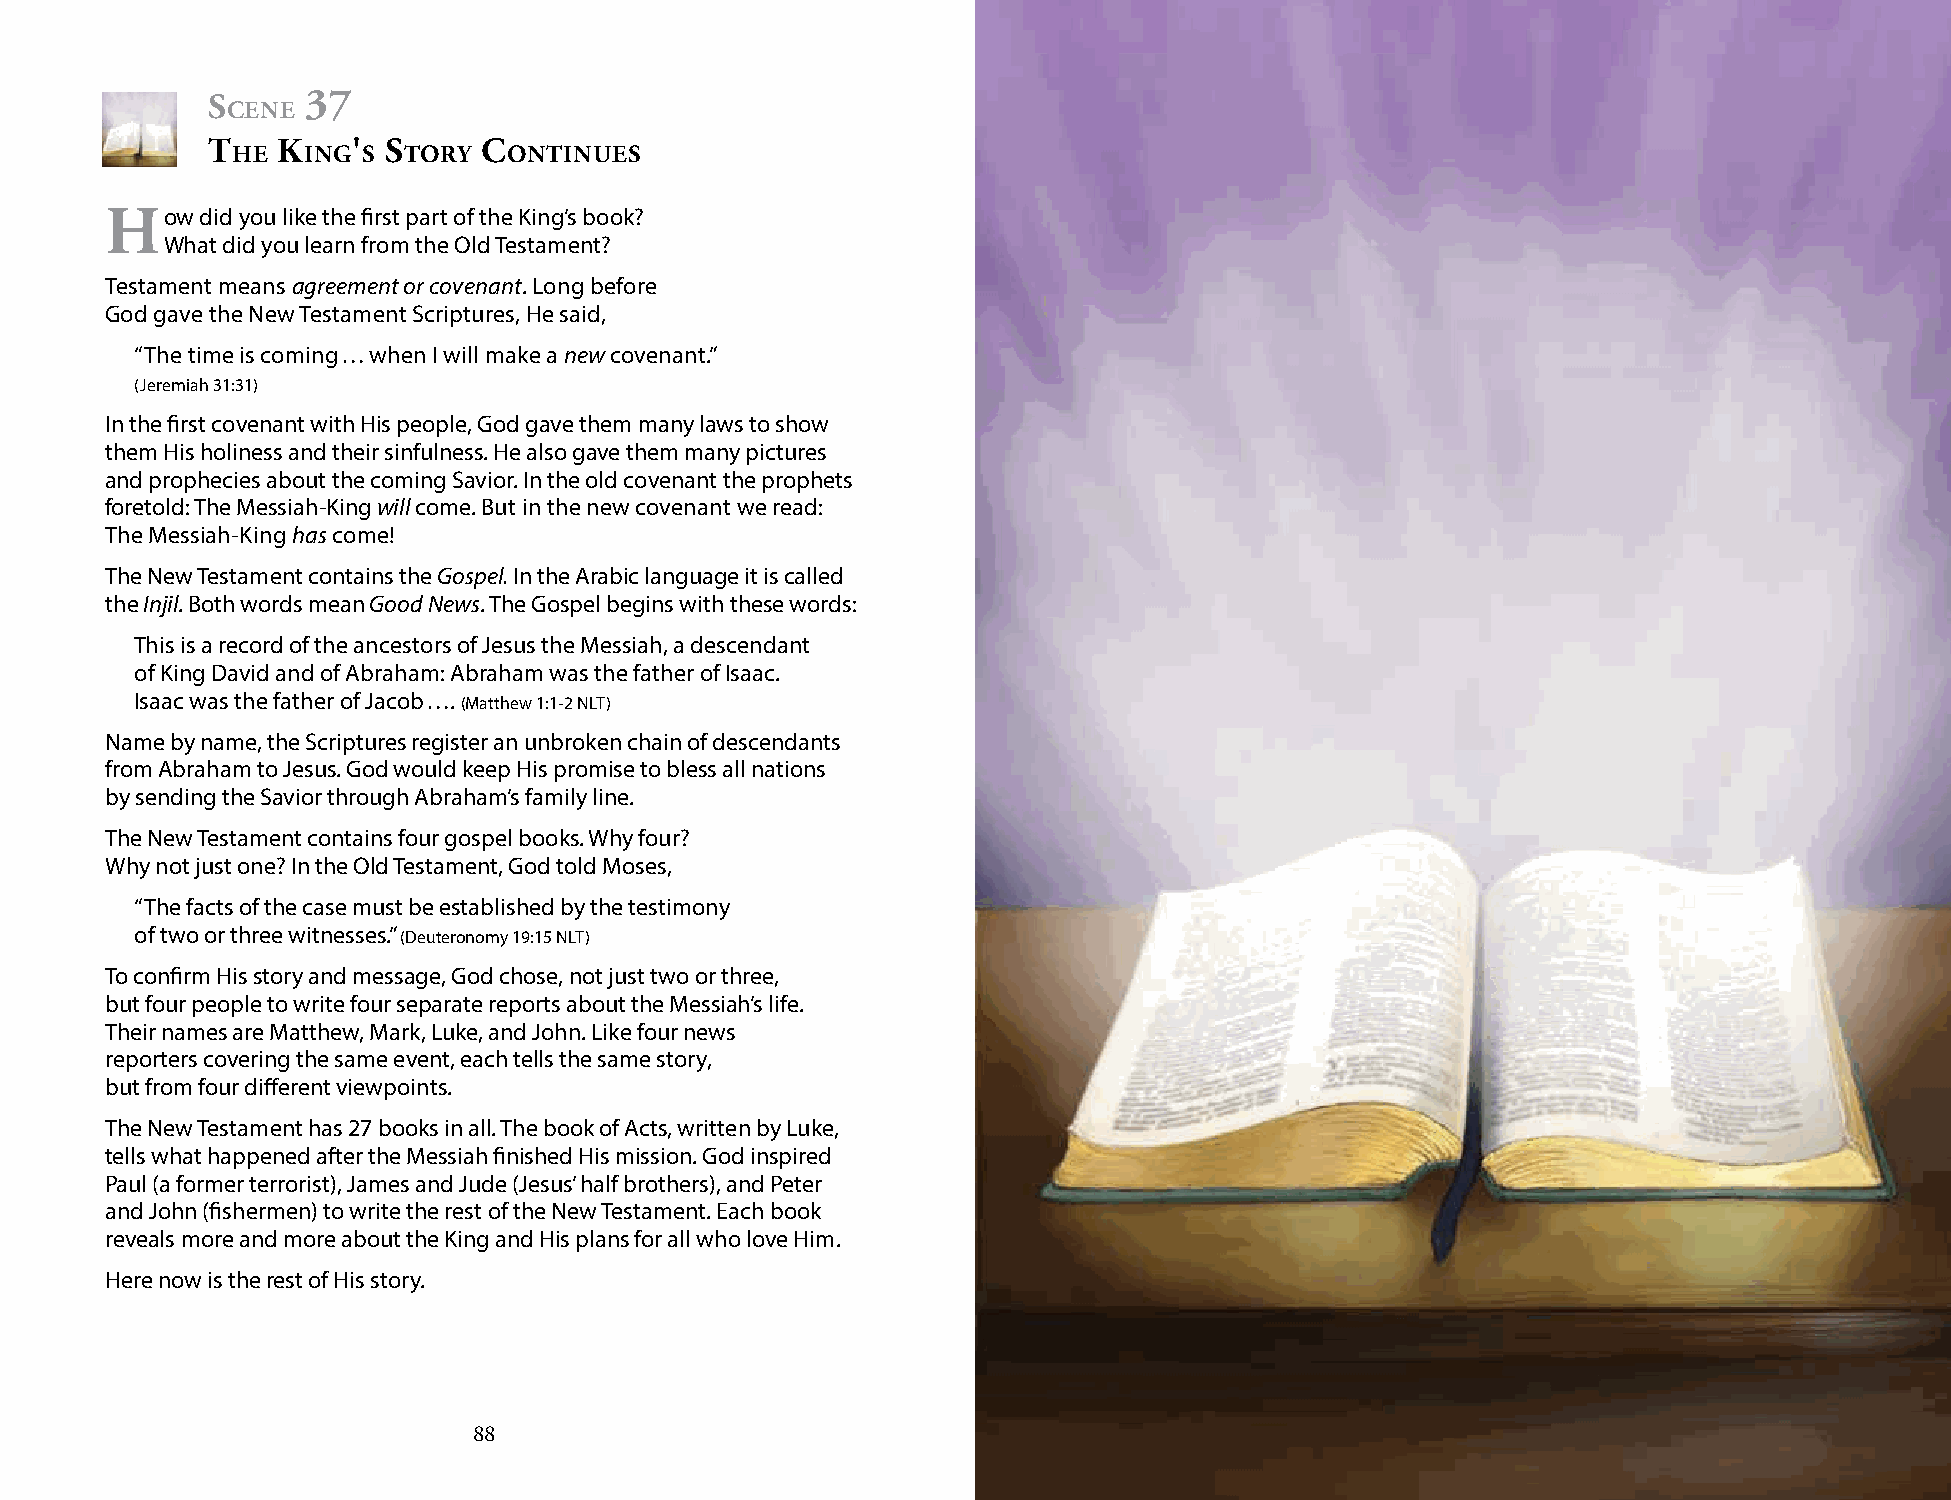
s     37
 cene
 t   K    ' s      c
 he   ing s  tory   ontinues
 h   ow did you like the first part of the King’s book?
 What did you learn from the Old Testament?
 Testament means agreement or covenant. Long before
 God gave the New Testament Scriptures, He said,
 “The time is coming … when I will make a new covenant.”
 (Jeremiah 31:31)
 In the first covenant with His people, God gave them many laws to show
 them His holiness and their sinfulness. He also gave them many pictures
 and prophecies about the coming Savior. In the old covenant the prophets
 foretold: The Messiah-King will come. But in the new covenant we read:
 The Messiah-King has come!
 The New Testament contains the Gospel. In the Arabic language it is called
 the Injil. Both words mean Good News. The Gospel begins with these words:
 This is a record of the ancestors of Jesus the Messiah, a descendant
 of King David and of Abraham: Abraham was the father of Isaac.
 Isaac was the father of Jacob …. (Matthew 1:1-2 NLT)
 Name by name, the Scriptures register an unbroken chain of descendants
 from Abraham to Jesus. God would keep His promise to bless all nations
 by sending the Savior through Abraham’s family line.
 The New Testament contains four gospel books. Why four?
 Why not just one? In the Old Testament, God told Moses,
 “The facts of the case must be established by the testimony
 of two or three witnesses.” (Deuteronomy 19:15 NLT)
 To confirm His story and message, God chose, not just two or three,
 but four people to write four separate reports about the Messiah’s life.
 Their names are Matthew, Mark, Luke, and John. Like four news
 reporters covering the same event, each tells the same story,
 but from four different viewpoints.
 The New Testament has 27 books in all. The book of Acts, written by Luke,
 tells what happened after the Messiah finished His mission. God inspired
 Paul (a former terrorist), James and Jude (Jesus’ half brothers), and Peter
 and John (fishermen) to write the rest of the New Testament. Each book
 reveals more and more about the King and His plans for all who love Him.
 Here now is the rest of His story.
 88